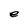
Character: e